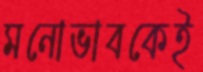
মনোভাবকেই